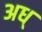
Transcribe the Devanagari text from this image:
अध्